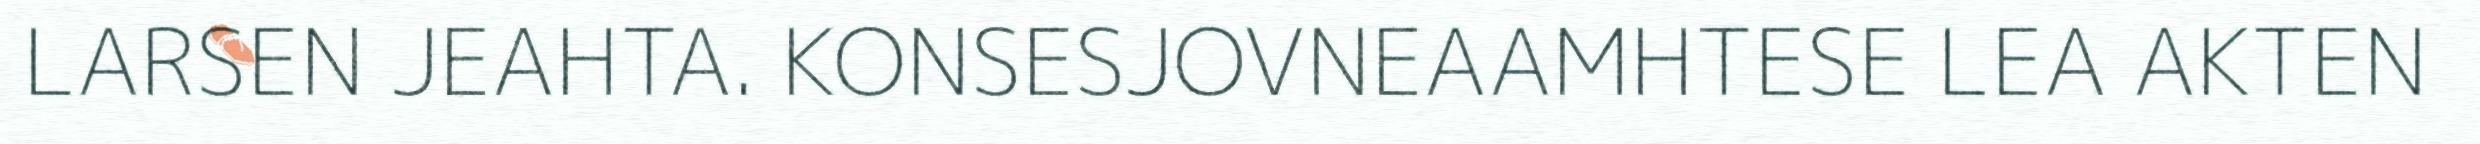
LARSEN JEAHTA. KONSESJOVNEAAMHTESE LEA AKTEN